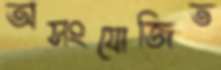
অসংযোজিত